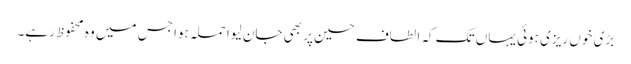
بڑی خوں ریزی ہوئی یہاں تک کہ الطاف حسین پر بھی جان لیوا حملہ ہوا جس میں وہ محفوظ رہے۔